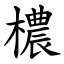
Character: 檂